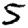
Digit: 5